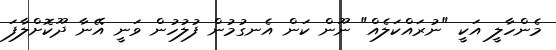
މެންހާލީ އަކީ "ނުރައްކަލެއް" ނޫން ކަން އެނގުމުން ފުލުހުން ވަނީ އޭނާ ދޫކޮށްލާފަ